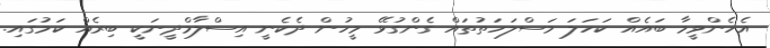
އެހެންވީމާ ބައެއް ކަހަލަ މަސްލަހަތުތައް ގެންގުޅޭ މީހުން ދެކެނީ އިސްލާމްދީނަކީ ބިރެއް ކަމުގައި.